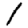
Digit: 1